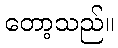
တော့သည်။